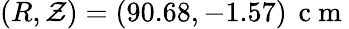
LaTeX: (R,\mathcal{Z})=(90.68,-1.57)\, \mathrm{{~c~m~}}